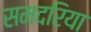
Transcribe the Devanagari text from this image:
समदरिया